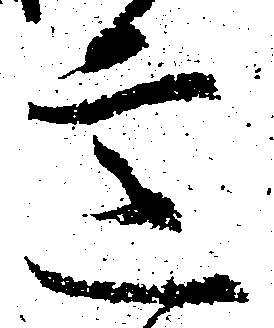
意